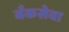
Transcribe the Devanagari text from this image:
बँकसेवा